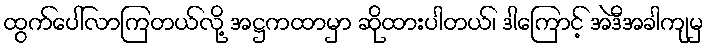
ထွက်ပေါ်လာကြတယ်လို့ အဋ္ဌကထာမှာ ဆိုထားပါတယ်၊ ဒါကြောင့် အဲဒီအခါကျမှ